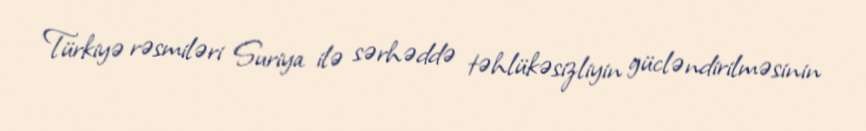
Türkiyə rəsmiləri Suriya ilə sərhəddə təhlükəsizliyin gücləndirilməsinin